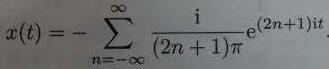
$x(t)=-\sum_{n = -\infty}^{\infty} \frac{\mathrm{i}}{(2n + 1)\pi} e^{\mathrm{i}(2n+1)t}.$